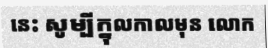
នេះ សូម្បីក្នុលកាលមុន លោក